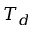
T _ { d }